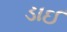
ડાઈ